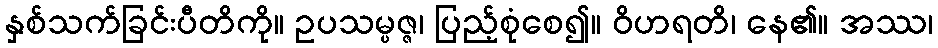
နှစ်သက်ခြင်းပီတိကို။ ဥပသမ္ပဇ္ဇ၊ ပြည့်စုံစေ၍။ ဝိဟရတိ၊ နေ၏။ အဿ၊